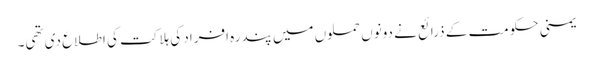
یمنی حکومت کے ذرائع نے دونوں حملوں میں پندرہ افراد کی ہلاکت کی اطلاع دی تھی۔